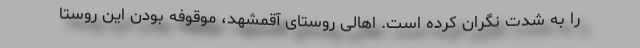
را به شدت نگران کرده است. اهالی روستای آقمشهد، موقوفه بودن این روستا